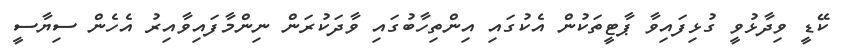
ކޭޑީ ވިދާޅުވީ ގުޅިފައިވާ ޕާޓީތަކުން އެކުގައި އިންތިހާބުގައި ވާދަކުރަން ނިންމާފައިވާއިރު އެހެން ސިޔާސީ